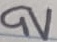
Text: 9V